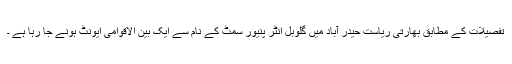
تفصیلات کے مطابق بھارتی ریاست حیدر آباد میں گلوبل انٹر پنیور سمٹ کے نام سے ایک بین الاقوامی ایونٹ ہونے جا رہا ہے ۔